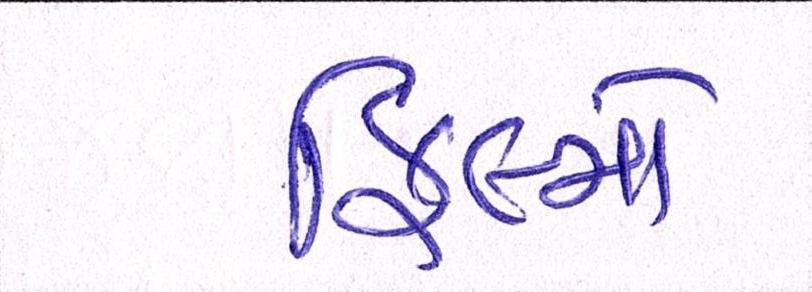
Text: ફિલ્મો